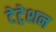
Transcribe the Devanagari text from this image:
टेट्रेशन